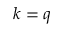
k = q